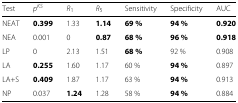
<table><thead><tr><td><b>Test</b></td><td><b><i>p</i><sup><i>KS</i></sup></b></td><td><b><i>R</i><sub>1</sub></b></td><td><b><i>R</i><sub>5</sub></b></td><td><b>Sensitivity</b></td><td><b>Specificity</b></td><td><b>AUC</b></td></tr></thead><tbody><tr><td>NEAT</td><td><b>0.399</b></td><td>1.33</td><td><b>1.14</b></td><td><b>69 %</b></td><td><b>94 %</b></td><td><b>0.920</b></td></tr><tr><td>NEA</td><td>0.001</td><td>0</td><td><b>0.87</b></td><td><b>68 %</b></td><td><b>96 %</b></td><td><b>0.918</b></td></tr><tr><td>LP</td><td>0</td><td>2.13</td><td>1.51</td><td><b>68 %</b></td><td>92 %</td><td>0.908</td></tr><tr><td>LA</td><td><b>0.255</b></td><td>1.60</td><td>1.17</td><td>60 %</td><td><b>94 %</b></td><td>0.897</td></tr><tr><td>LA+S</td><td><b>0.409</b></td><td>1.87</td><td>1.17</td><td>63 %</td><td><b>94 %</b></td><td>0.913</td></tr><tr><td>NP</td><td>0.037</td><td><b>1.24</b></td><td>1.28</td><td>58 %</td><td><b>94 %</b></td><td>0.884</td></tr></tbody></table>